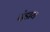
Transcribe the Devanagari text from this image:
दंडाय